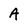
Character: A